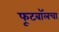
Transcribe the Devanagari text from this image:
फूटबॉलचा